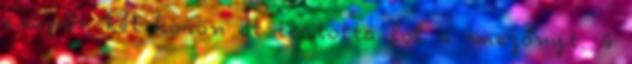
csupán két körön át tartotta föl a mezőnyt. A